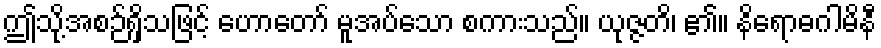
ဤသို့အစဉ်ရှိသဖြင့် ဟောတော် မူအပ်သော စကားသည်။ ယုဇ္ဇတိ၊ ၏။ နိရောဓဂါမိနီ